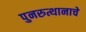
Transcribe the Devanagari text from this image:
पुनरुत्थानाचे